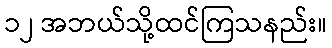
၁၂ အဘယ်သို့ထင်ကြသနည်း။